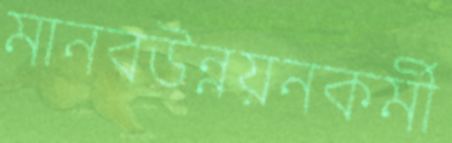
মানবউন্নয়নকর্মী